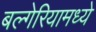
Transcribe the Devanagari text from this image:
बल्गेरियामध्ये